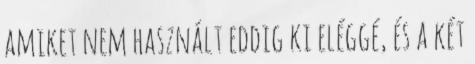
amiket nem használt eddig ki eléggé, és a két